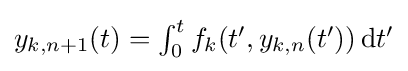
\textstyle y_{k,n+1}(t)=\int _{0}^{t}f_{k}(t',y_{k,n}(t'))\,\mathrm {d} t'